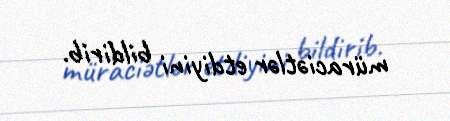
müraciətlər etdiyini bildirib.